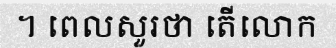
។ ពេលសួរថា តើលោក